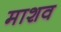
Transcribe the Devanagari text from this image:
माशव